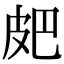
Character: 㿬